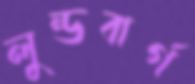
লুন্ডবার্গ